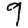
Digit: 9